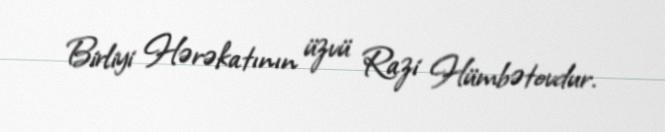
Birliyi Hərəkatının üzvü Razi Hümbətovdur.